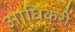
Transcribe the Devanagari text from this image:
आधिकरी